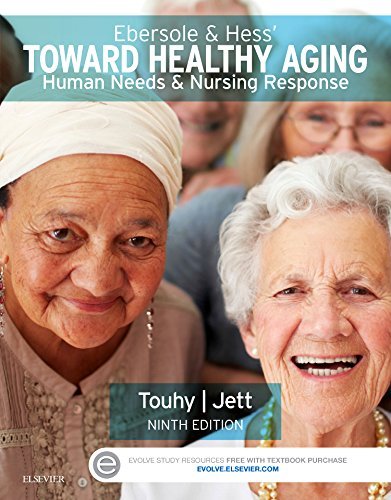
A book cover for Ebersole & Hess' Toward Healthy Aging: Human Needs and Nursing Response, 9e; Theris A. Touhy DNP  CNS  DPNAP; Medical Books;